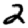
Digit: 2